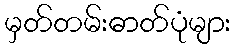
မှတ်တမ်းဓာတ်ပုံများ